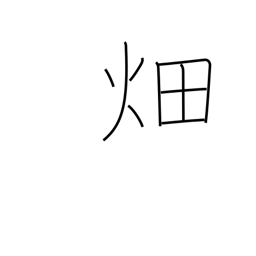
Meaning: field